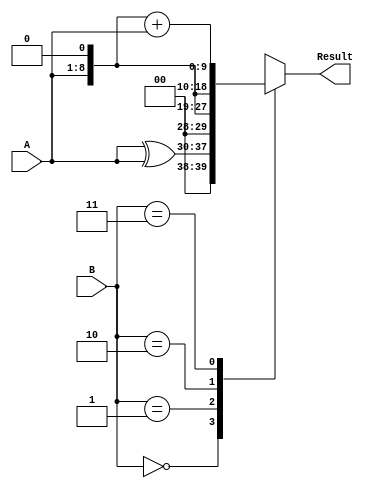
module LUT # (parameter SIZE=8)
(
 input wire [SIZE-1:0] A,
 input wire [1:0] B,
 output reg [SIZE+1:0] Result
);
wire [SIZE+1:0] wD0, wD1, wD2, wD3;
assign wD1 = {2'b0, A};
assign wD0 = wD1 ^ wD1; 
assign wD2 = {1'b0, A, 1'b0}; 
assign wD3 = wD2 + wD1;
always @ (A, B)
begin
	case (B)
	2'b00:
	begin
		Result <= wD0;
	end
	2'b01:
	begin
		Result <= wD1;
	end
	2'b10:
	begin
		Result <= wD2;
	end
	2'b11:
	begin
		Result <= wD3;
	end
	endcase
end
endmodule